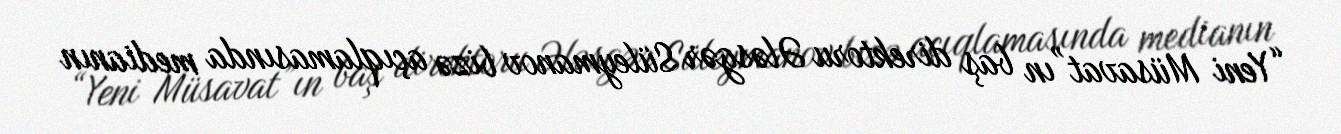
“Yeni Müsavat”ın baş direktoru Ələsgər Süleymanov bizə açıqlamasında medianın